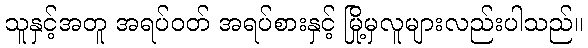
သူနှင့်အတူ အရပ်ဝတ် အရပ်စားနှင့် မြို့မှလူများလည်းပါသည်။